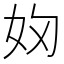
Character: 𭑯